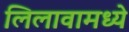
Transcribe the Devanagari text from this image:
लिलावामध्ये